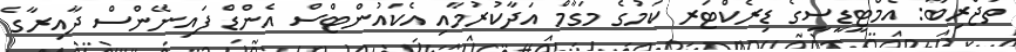
ތަޖްރިބާ: އެމްޓީޑީސީގެ ޑިރެކްޓަރ ކަމުގެ މަގާމް އަދާކުރުމާއި އެކައުންޓްސް އެންޑް ފައިނޭންސް ދާއިރާގެ